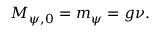
M _ { \psi , 0 } = m _ { \psi } = g \nu .